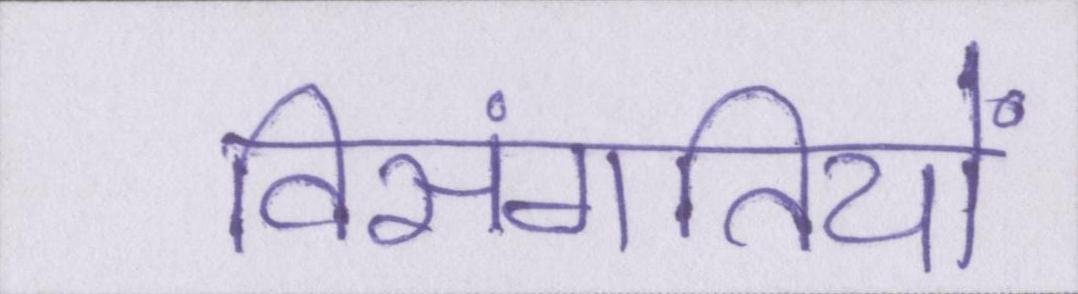
विसंगतियों